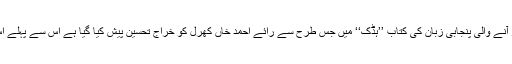
حال میں منظر عام پر آنے والی پنجابی زبان کی کتاب ’’ہڈک‘‘ میں جس طرح سے رائے احمد خاں کھرل کو خراج تحسین پیش کیا گیا ہے اس سے پہلے اس کی مثال نہیں ملتی۔